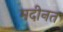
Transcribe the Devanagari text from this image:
मदीनत